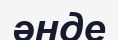
әнде